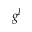
g ^ { l }